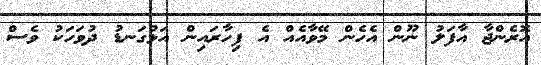
އޮރެންޖާ އާފަލު ނޫން އެހެން މޭވާއެއް އެ ފިހާރައިން އަޅުގަނޑު ދުވަހަކު ވެސް